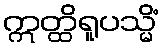
ဣတ္ထိရူပသ္မိံ